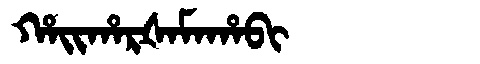
Manchu: ᡥᠠᡳᡥᠠᡵᡧᠠᠮᠠᡥᠠᠪᡳ
Romanization: HAIHARŠAMAHABI